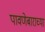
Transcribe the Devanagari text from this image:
पावणेबाराच्या